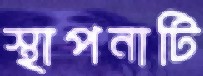
স্থাপনাটি